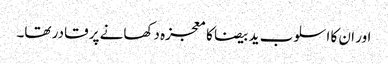
اور ان کا اسلوب ید بیضا کا معجزہ دکھانے پر قادر تھا۔